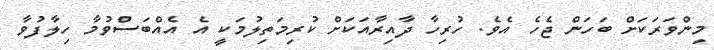
މިންވަރަކަށް ބަހަން ޖެހެ އެވެ. ހުރިހާ ދާއިރާއަކަށް ކުރިމަތިލުމަކީ އެ އެއްބަސްވުމާ ހިލާފުވާ